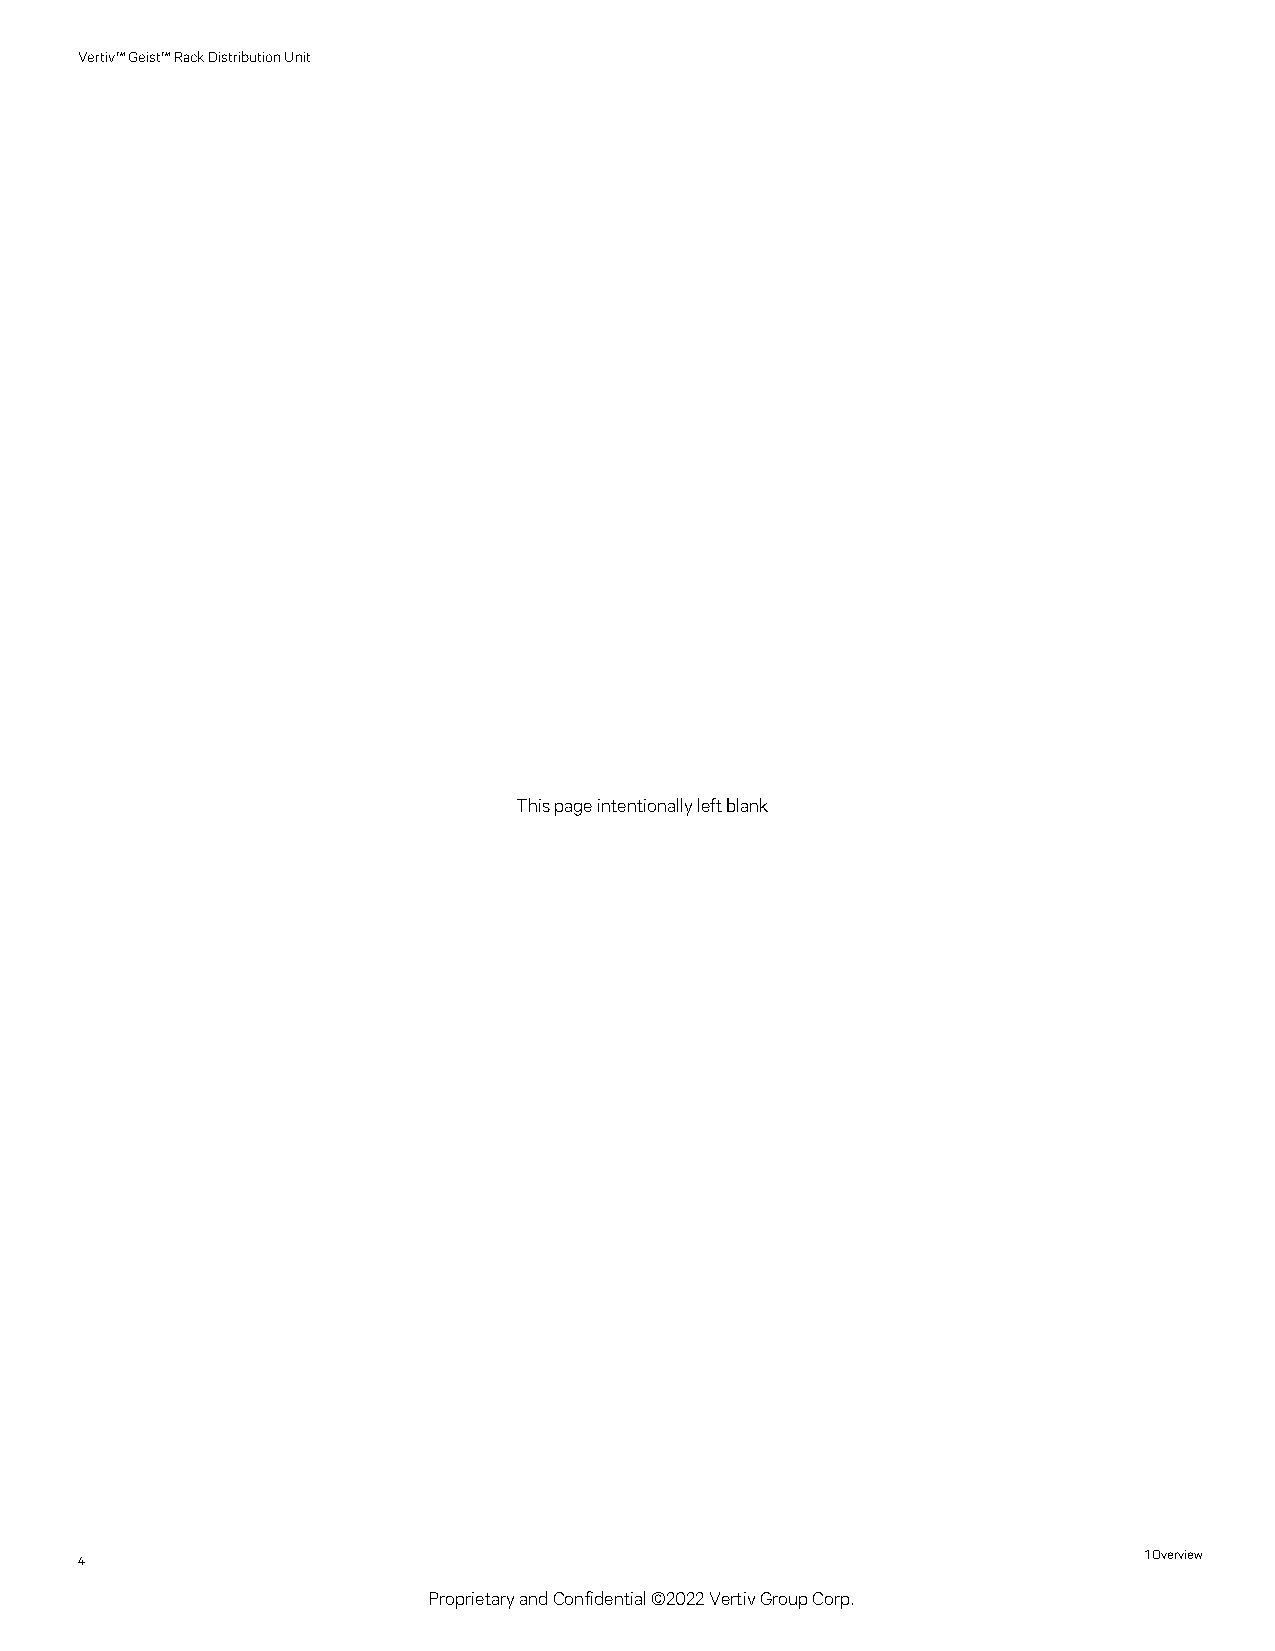
Vertiv™Geist™RackDistributionUnit
 Thispageintentionallyleftblank
 4                                                                      1Overview
 ProprietaryandConfidential©2022VertivGroupCorp.